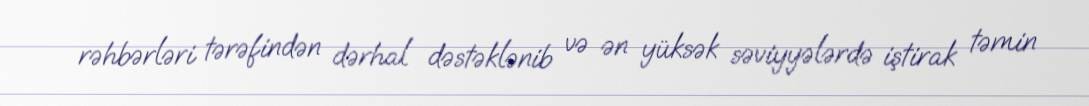
rəhbərləri tərəfindən dərhal dəstəklənib və ən yüksək səviyyələrdə iştirak təmin